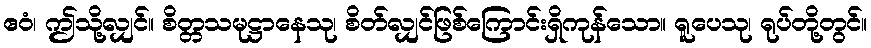
ဧဝံ၊ ဤသို့လျှင်။ စိတ္တသမုဋ္ဌာနေသု၊ စိတ်လျှင်ဖြစ်ကြောင်းရှိကုန်သော။ ရူပေသု၊ ရုပ်တို့တွင်။